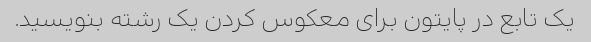
یک تابع در پایتون برای معکوس کردن یک رشته بنویسید.